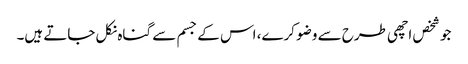
جو شخص اچھی طرح سے وضو کرے، اس کے جسم سے گناہ نکل جاتے ہیں۔